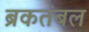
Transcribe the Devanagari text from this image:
ब्रकतंबल